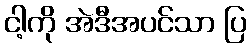
ငါ့ကို အဲဒီအပင်သာ ပြ